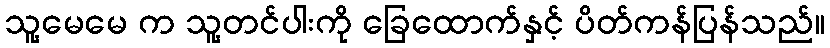
သူ့မေမေ က သူ့တင်ပါးကို ခြေထောက်နှင့် ပိတ်ကန်ပြန်သည်။